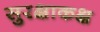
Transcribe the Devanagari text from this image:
सुरक्षाकक्ष